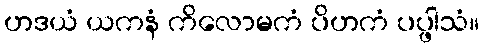
ဟဒယံ ယကနံ ကိလောမကံ ပိဟကံ ပပ္ဖါသံ။